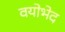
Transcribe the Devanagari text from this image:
वयोभेद